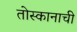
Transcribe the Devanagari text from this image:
तोस्कानाची